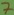
Text: 7